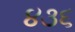
૪૩૬